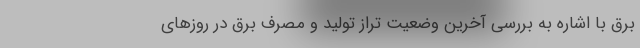
برق با اشاره به بررسی آخرین وضعیت تراز تولید و مصرف برق در روزهای